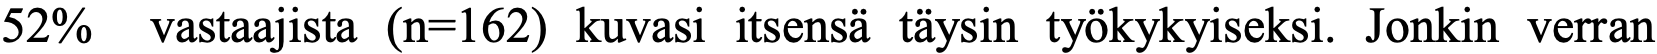
52%  vastaajista (n=162) kuvasi itsensä täysin työkykyiseksi. Jonkin verran